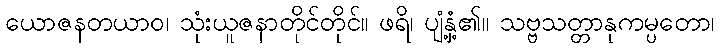
ယောဇနတယာဝ၊ သုံးယူဇနာတိုင်တိုင်။ ဖရိ၊ ပျံ့နှံ့၏။ သဗ္ဗသတ္တာနုကမ္ပတော၊